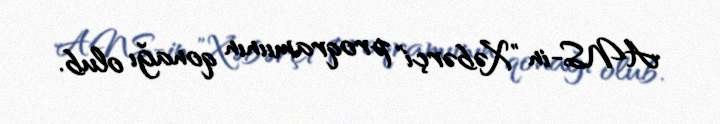
ANS-in "Xəbərçi" proqramıının qonağı olub.